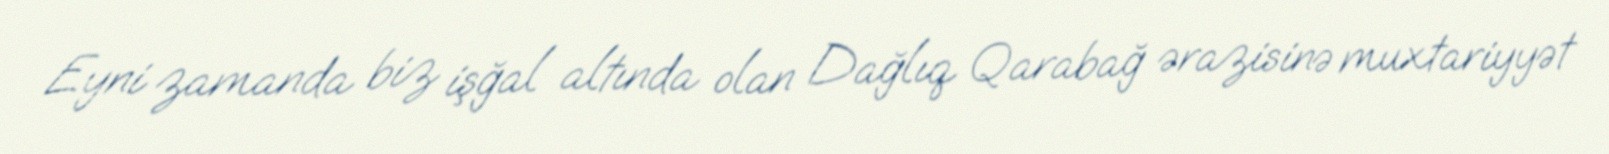
Eyni zamanda biz işğal altında olan Dağlıq Qarabağ ərazisinə muxtariyyət